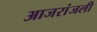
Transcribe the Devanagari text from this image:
आजरांजली